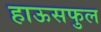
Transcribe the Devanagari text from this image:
हाऊसफुल